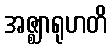
အဇ္ဈာရုဟတိ